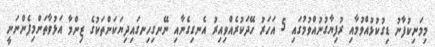
މިމަނިކުފާނު ޑިގުކުޅުއްވުމާއި ރުފިޔާގުނުއްވުމުގައި 5 އަހަރު ހޭދަކުރެއްވިއިރު އެނގިގެނާއި ނޭނގިހިނގައިދިޔަކަންތަކުގެ ޒިންމާ އަޅުވާތަންމިފެންނަނީ